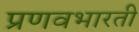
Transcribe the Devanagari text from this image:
प्रणवभारती